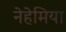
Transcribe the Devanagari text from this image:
नेहेमिया